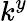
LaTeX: k^{y}